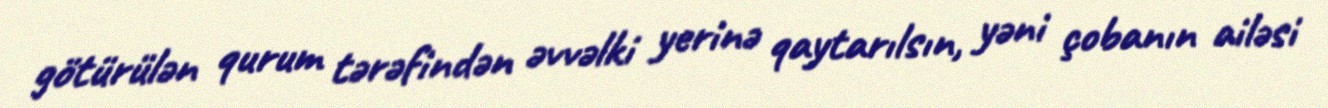
götürülən qurum tərəfindən əvvəlki yerinə qaytarılsın, yəni çobanın ailəsi